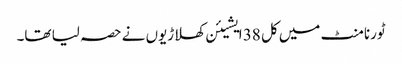
ٹورنامنٹ میں کل 38 ایشیئن کھلاڑیوں نے حصہ لیا تھا۔